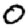
Digit: 0